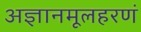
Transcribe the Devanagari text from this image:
अज्ञानमूलहरणं